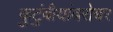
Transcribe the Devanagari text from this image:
कुटुंबीयांबरोबर